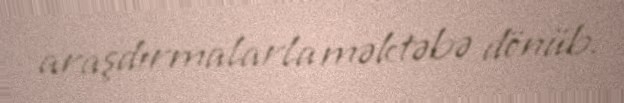
araşdırmalarla məktəbə dönüb.